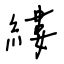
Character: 縷